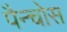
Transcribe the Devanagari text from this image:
पैन्चोस